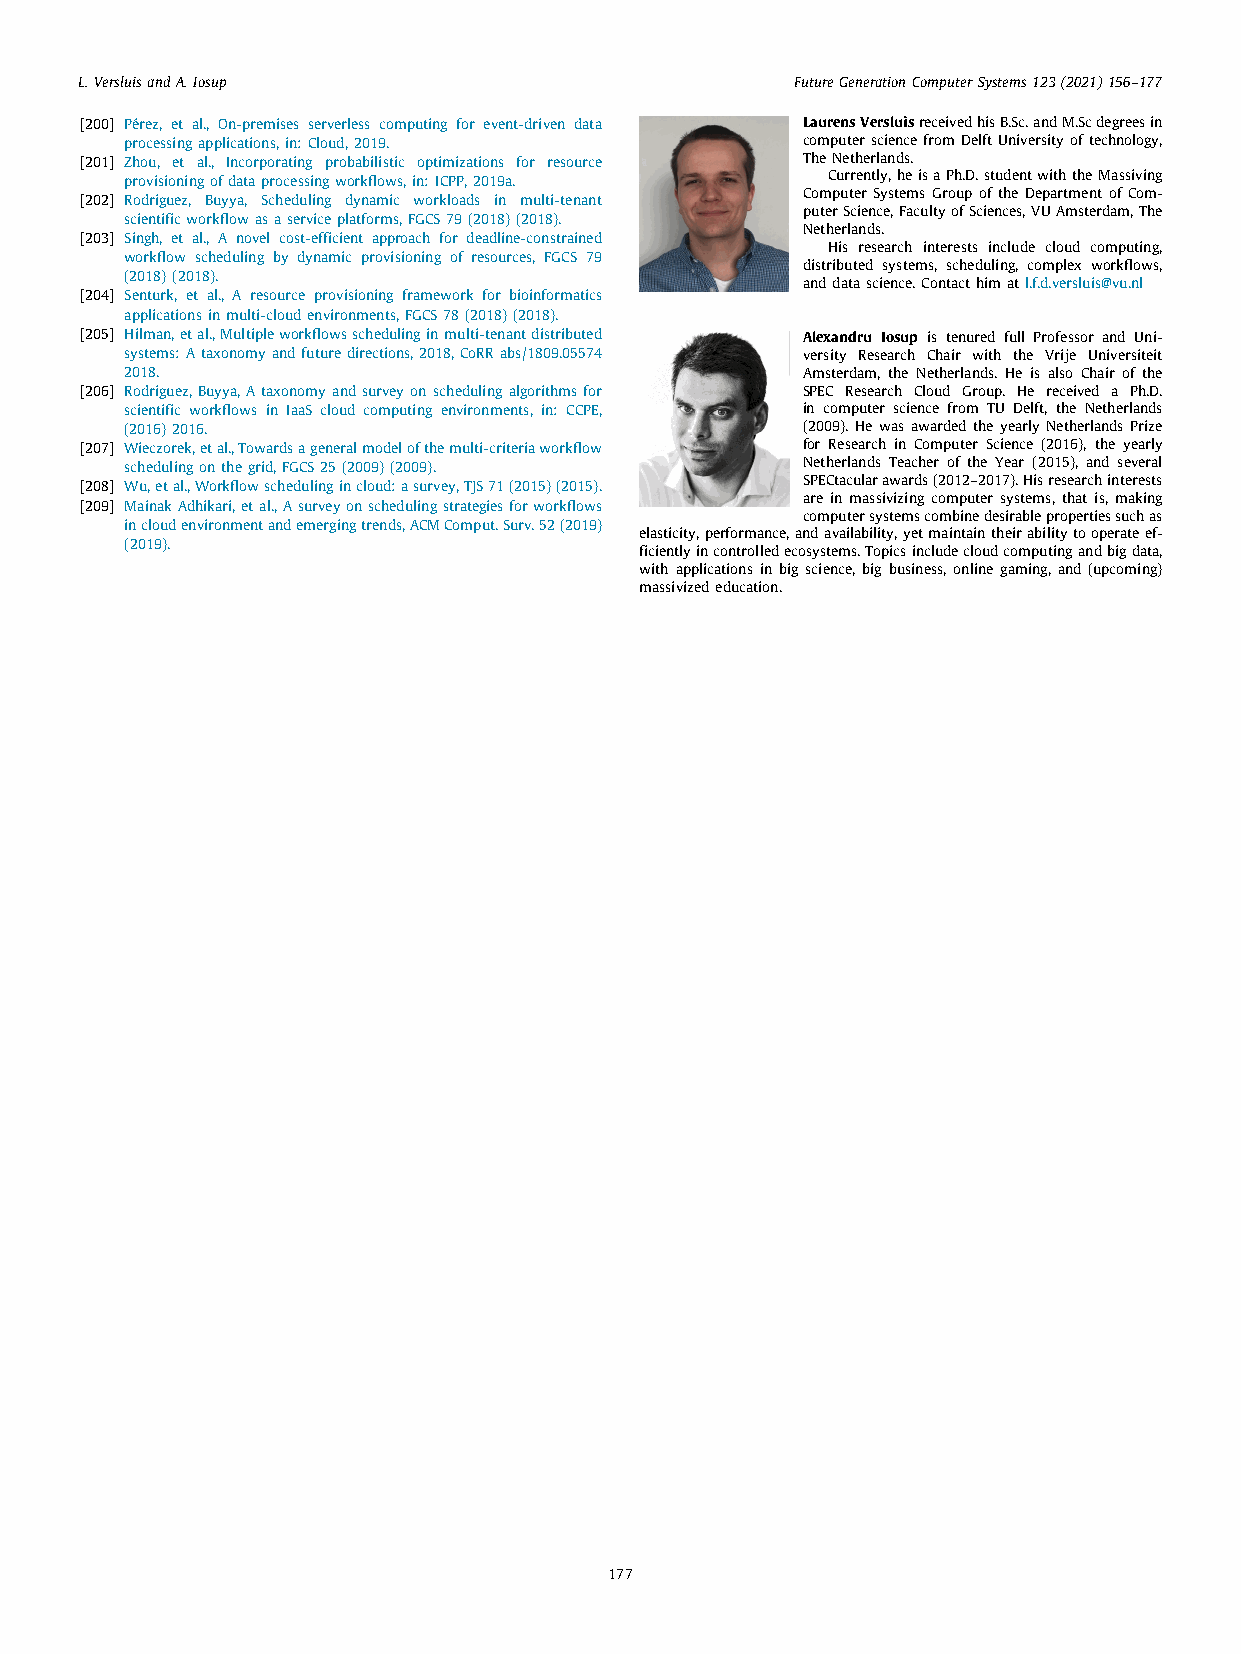
L.VersluisandA.Iosup                            FutureGenerationComputerSystems123(2021)156–177
 [200] Pérez, et al., On-premises serverless computing for event-driven data LaurensVersluisreceivedhisB.Sc.andM.Scdegreesin
 processingapplications,in:Cloud,2019.        computersciencefromDelftUniversityoftechnology,
 [201] Zhou, et al., Incorporating probabilistic optimizations for resource TheNetherlands.
 provisioningofdataprocessingworkflows,in:ICPP,2019a. Currently,heisaPh.D.studentwiththeMassiving
 Computer Systems Group of the Department of Com-
 [202] Rodriguez, Buyya, Scheduling dynamic workloads in multi-tenant
 puterScience,FacultyofSciences,VUAmsterdam,The
 scientificworkflowasaserviceplatforms,FGCS79(2018)(2018).
 Netherlands.
 [203] Singh, et al., A novel cost-efficient approach for deadline-constrained
 His research interests include cloud computing,
 workflow scheduling by dynamic provisioning of resources, FGCS 79
 distributed systems, scheduling, complex workflows,
 (2018)(2018).                                anddatascience.Contacthimatl.f.d.versluis@vu.nl
 [204] Senturk, et al., A resource provisioning framework for bioinformatics
 applicationsinmulti-cloudenvironments,FGCS78(2018)(2018).
 [205] Hilman,etal.,Multipleworkflowsschedulinginmulti-tenantdistributed Alexandru Iosup is tenured full Professor and Uni-
 systems:Ataxonomyandfuturedirections,2018,CoRRabs/1809.05574 versity Research Chair with the Vrije Universiteit
 2018.                                        Amsterdam, the Netherlands. He is also Chair of the
 [206] Rodriguez,Buyya,Ataxonomyandsurveyonschedulingalgorithmsfor SPEC Research Cloud Group. He received a Ph.D.
 scientific workflows in IaaS cloud computing environments, in: CCPE, in computer science from TU Delft, the Netherlands
 (2016)2016.                                  (2009). He was awarded the yearly Netherlands Prize
 [207] Wieczorek,etal.,Towardsageneralmodelofthemulti-criteriaworkflow for Research in Computer Science (2016), the yearly
 schedulingonthegrid,FGCS25(2009)(2009).      Netherlands Teacher of the Year (2015), and several
 SPECtacularawards(2012–2017).Hisresearchinterests
 [208] Wu,etal.,Workflowschedulingincloud:asurvey,TJS71(2015)(2015).
 are in massivizing computer systems, that is, making
 [209] MainakAdhikari,etal.,Asurveyonschedulingstrategiesforworkflows
 computersystemscombinedesirablepropertiessuchas
 incloudenvironmentandemergingtrends,ACMComput.Surv.52(2019)
 elasticity,performance,andavailability,yetmaintaintheirabilitytooperateef-
 (2019).
 ficientlyincontrolledecosystems.Topicsincludecloudcomputingandbigdata,
 with applications in big science, big business, online gaming, and (upcoming)
 massivizededucation.
 177